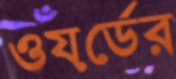
ওয়র্ডের